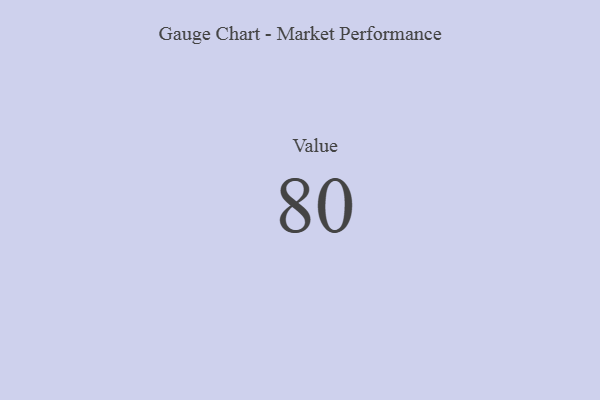
{"axis": {"x": "Metric", "y": "Value"}, "legend": [""], "data": [{"x": "Value", "y": 80, "type": ""}]}